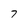
Character: 7